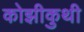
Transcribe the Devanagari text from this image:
कोझीकुथी